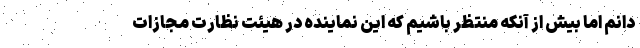
دانم اما بیش از آنکه منتظر باشیم که این نماینده در هیئت نظارت مجازات